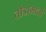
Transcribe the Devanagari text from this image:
तोडामध्ये